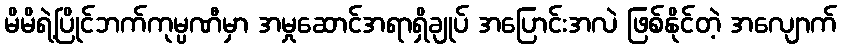
မိမိရဲ့ပြိုင်ဘက်ကုမ္ပဏီမှာ အမှုဆောင်အရာရှိချုပ် အပြောင်းအလဲ ဖြစ်နိုင်တဲ့ အလျောက်